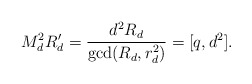
\begin{align*}M_d^2 R_d' = \frac{d^2 R_d}{\gcd(R_d, r_d^2)} = [q, d^2].\end{align*}